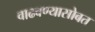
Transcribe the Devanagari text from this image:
वाढवण्यासोबत